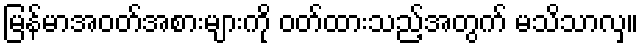
မြန်မာအဝတ်အစားများကို ဝတ်ထားသည့်အတွက် မသိသာလှ။